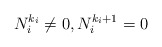
\begin{align*}N_i^{k_i} \not=0, N_i^{k_i+1}=0\end{align*}